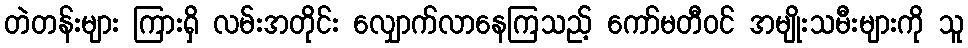
တဲတန်းများ ကြားရှိ လမ်းအတိုင်း လျှောက်လာနေကြသည့် ကော်မတီဝင် အမျိုးသမီးများကို သူ